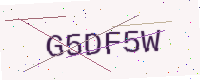
Text: G5DF5W